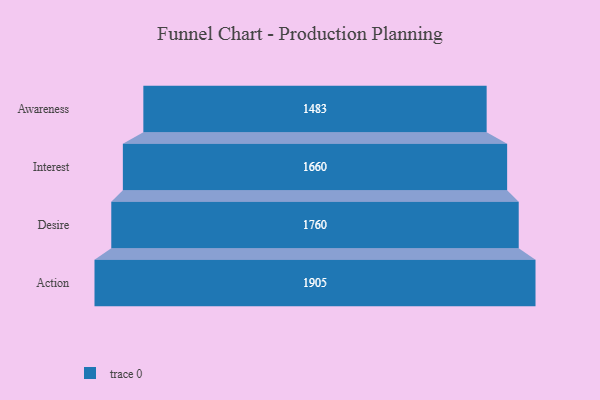
{"axis": {"x": "Stage", "y": "Value"}, "legend": [""], "data": [{"x": "Awareness", "y": 1483.0, "type": ""}, {"x": "Interest", "y": 1660.0, "type": ""}, {"x": "Desire", "y": 1760.0, "type": ""}, {"x": "Action", "y": 1905.0, "type": ""}]}